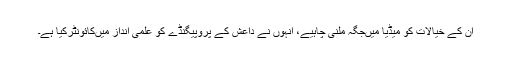
ان کے خیالات کو میڈیا میںجگہ ملنی چاہیے، انہوں نے داعش کے پروپیگنڈے کو علمی انداز میںکائونٹرکیا ہے۔